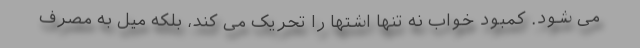
می شود. کمبود خواب نه تنها اشتها را تحریک می کند، بلکه میل به مصرف